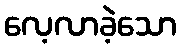
လေ့လာခဲ့သော